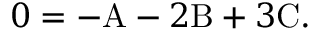
0 = - \mathrm { A } - 2 \mathrm { B } + 3 \mathrm { C } .